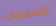
التسعينات